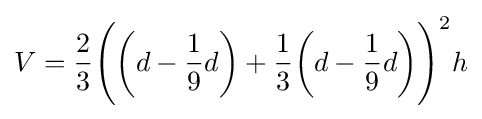
V={\frac {2}{3}}{\Bigg (}{\bigg (}d-{\frac {1}{9}}d{\bigg )}+{\frac {1}{3}}{\bigg (}d-{\frac {1}{9}}d{\bigg )}{\Bigg )}^{2}h